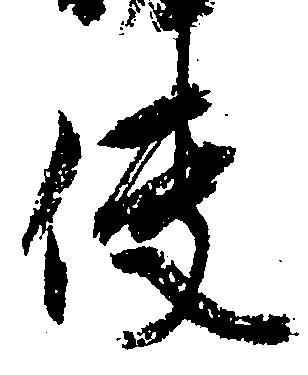
使